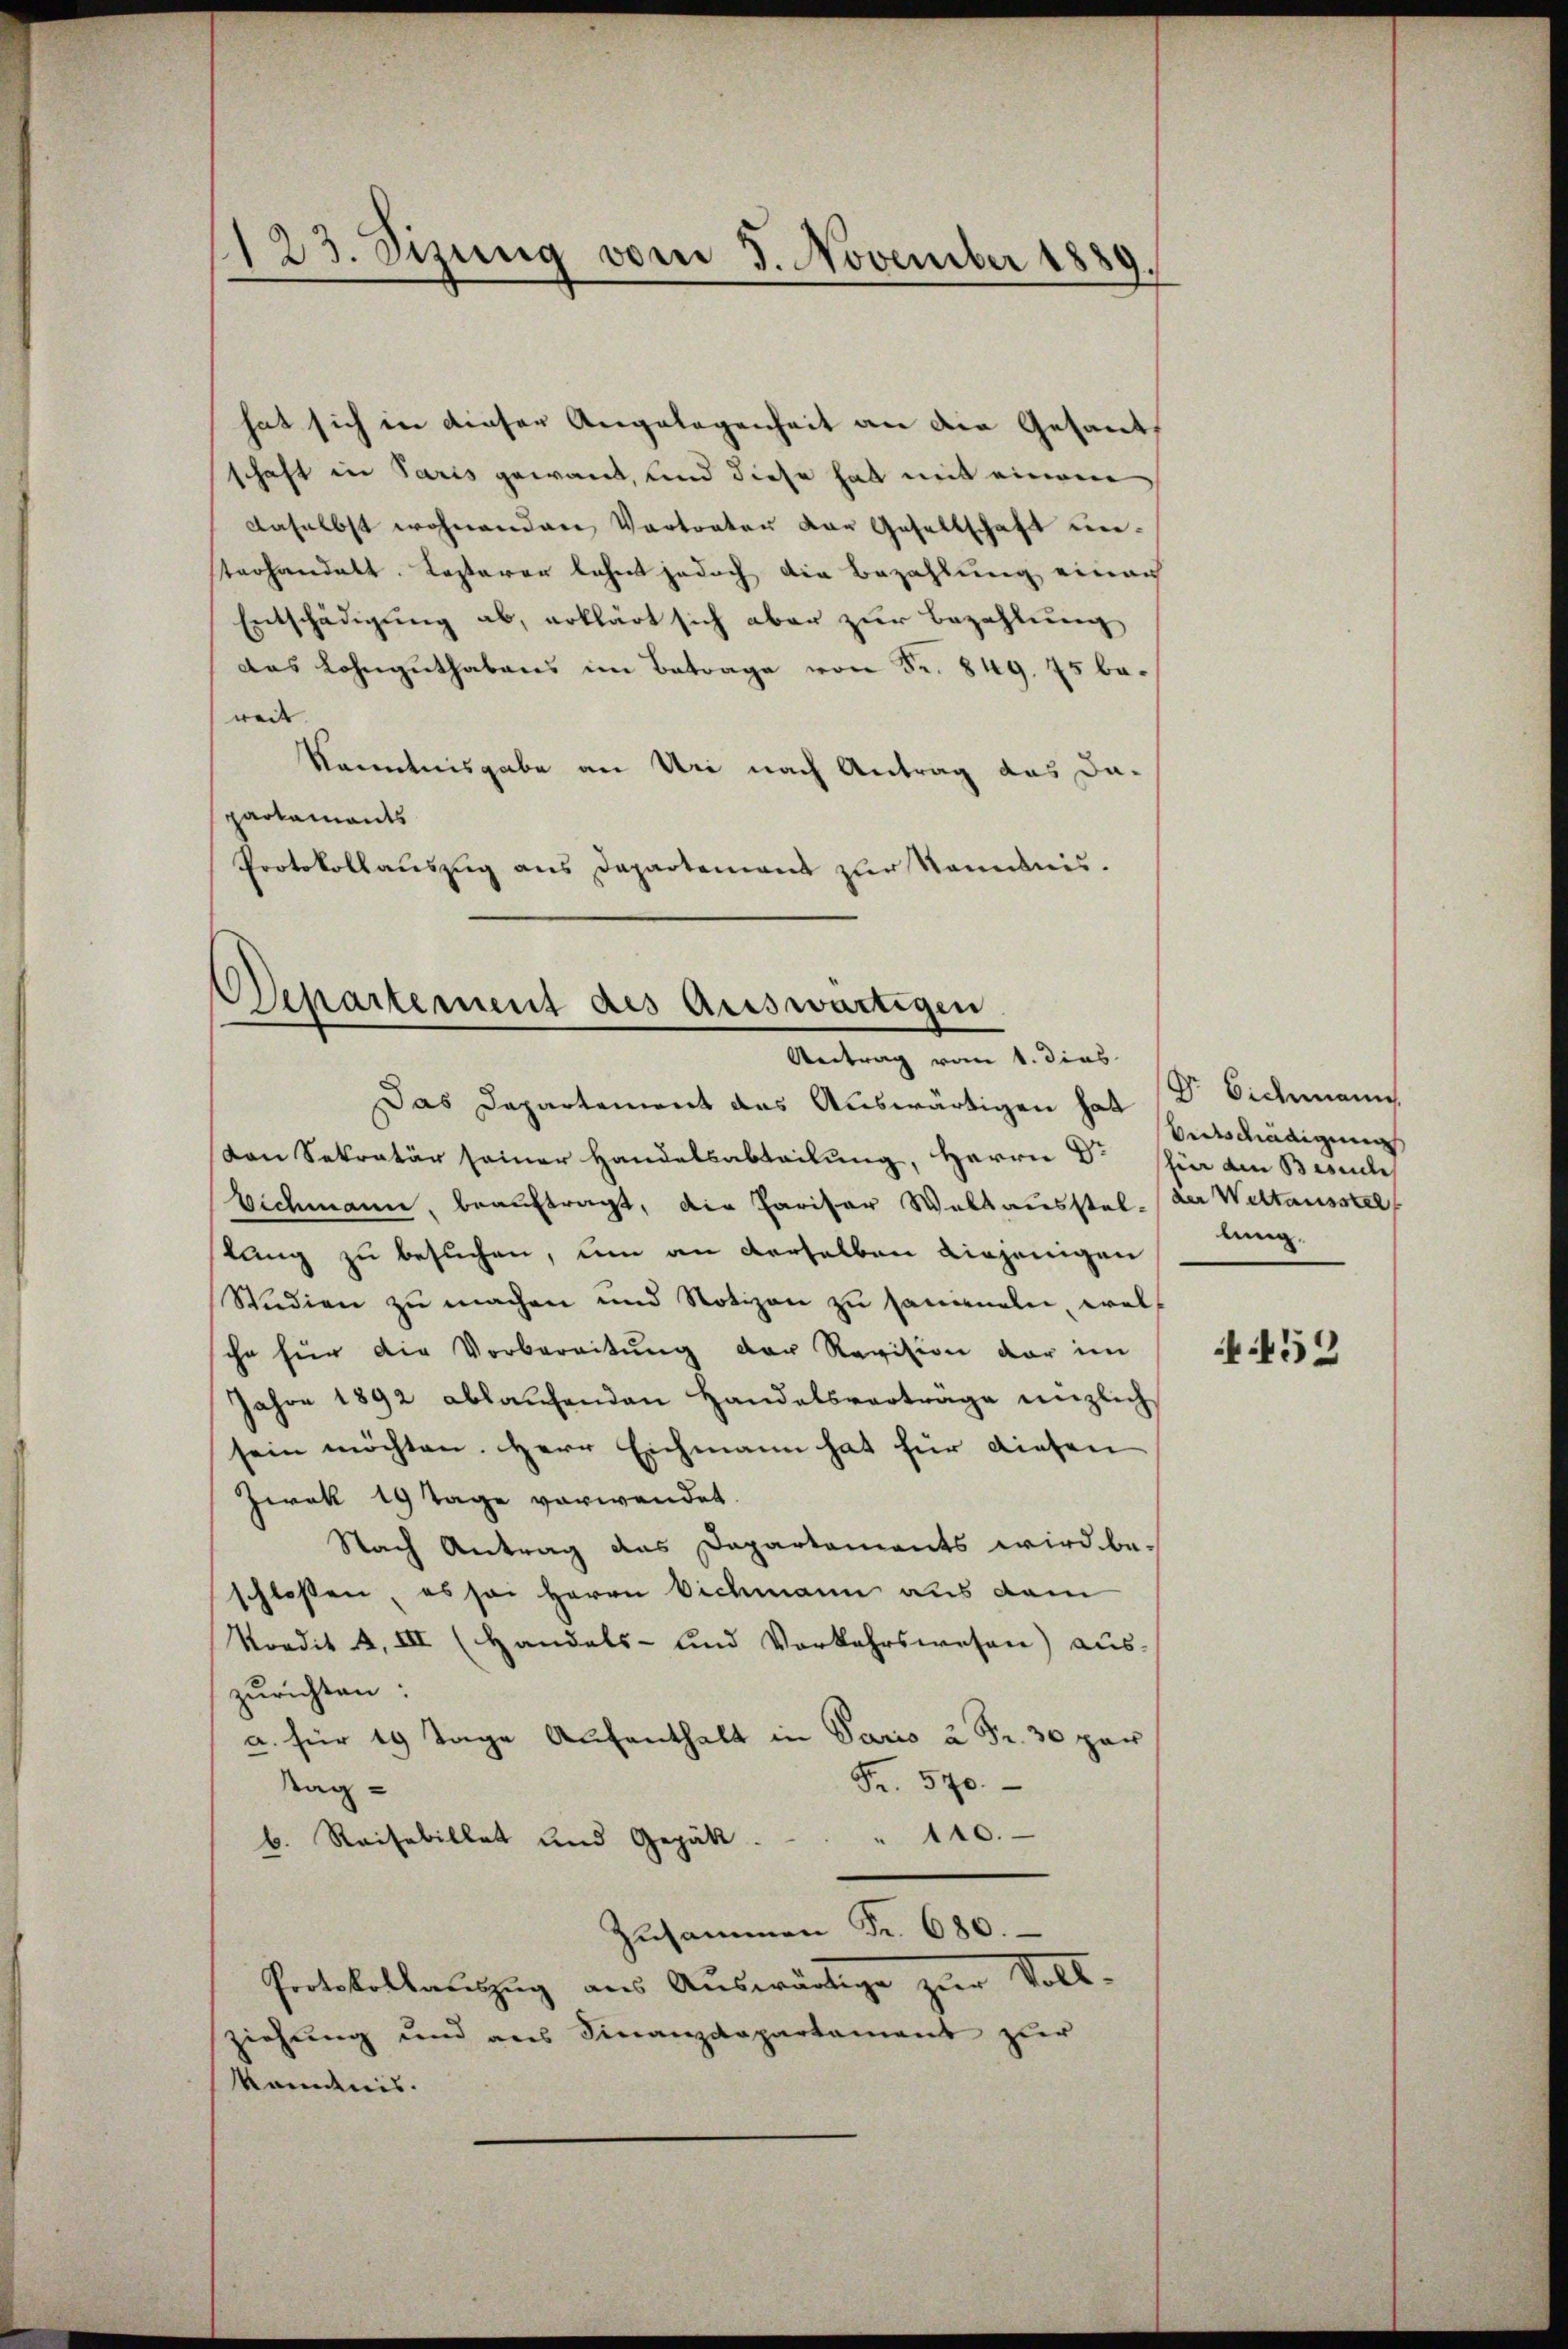
123. Sizung vom 5. November 1889

hat sich in dieser Angelegenheit an die Gesants
schaft in Paris gewant, und diese hat mit einem
daselbst wohnenden Vortreter der Gesellschaft unterhandelt. Kastarer lehnt jedoch die Bezahlung einen
Entschädigung ab, erklärt sich aber zur Bezahlung
das Lohnguthabens im Betrage von Fr. 849. 75 beweit |
Kanntnisgabe an Uri nach Antrag das Da-
partaments
Protokollauszug aus Departement zur Kenntnis.

Departement des Auswärtigen
Antrag vom 1. dies

Das Departement das Auswärtigen hat
von Sekretär seiner Handelsabteilung, Herrn Dr. für den Besuche
Eichmann, beauftragt, die Paritor Waltausstel- der Weltausstel
stung zu besuchen, um an derselben diejenigen
Studien zu machen und Notizen zu sammeln, welihr für die Vorbereitung der Revision der im
Jahre 1892 ablaufenden Handelsverträge enzlich
sein möchten. Herr Eichmann hat für diesen
Zwek 19 Tage verwendet.
Nach Antrag das Dapartaments wird beschlossen, es sei Herrn Eichmann aus dam
Nordit 4. III (Handels- und Vorkehrswesen) aus-
zurichten:
a. für 10 Tage Aufenthalt in Paris à Fr. 30 par
Fr. 570.
tag-
" 110.
b. Reisebillet und Gepäkt.
Zusammen Fr. 680.
Protokollauszug aus Auswärtige zur Voll-
ziehung und aus Finanzdepartament zur
känntnis.

Dr Eidemann.
Bertschädigung
lung.

452